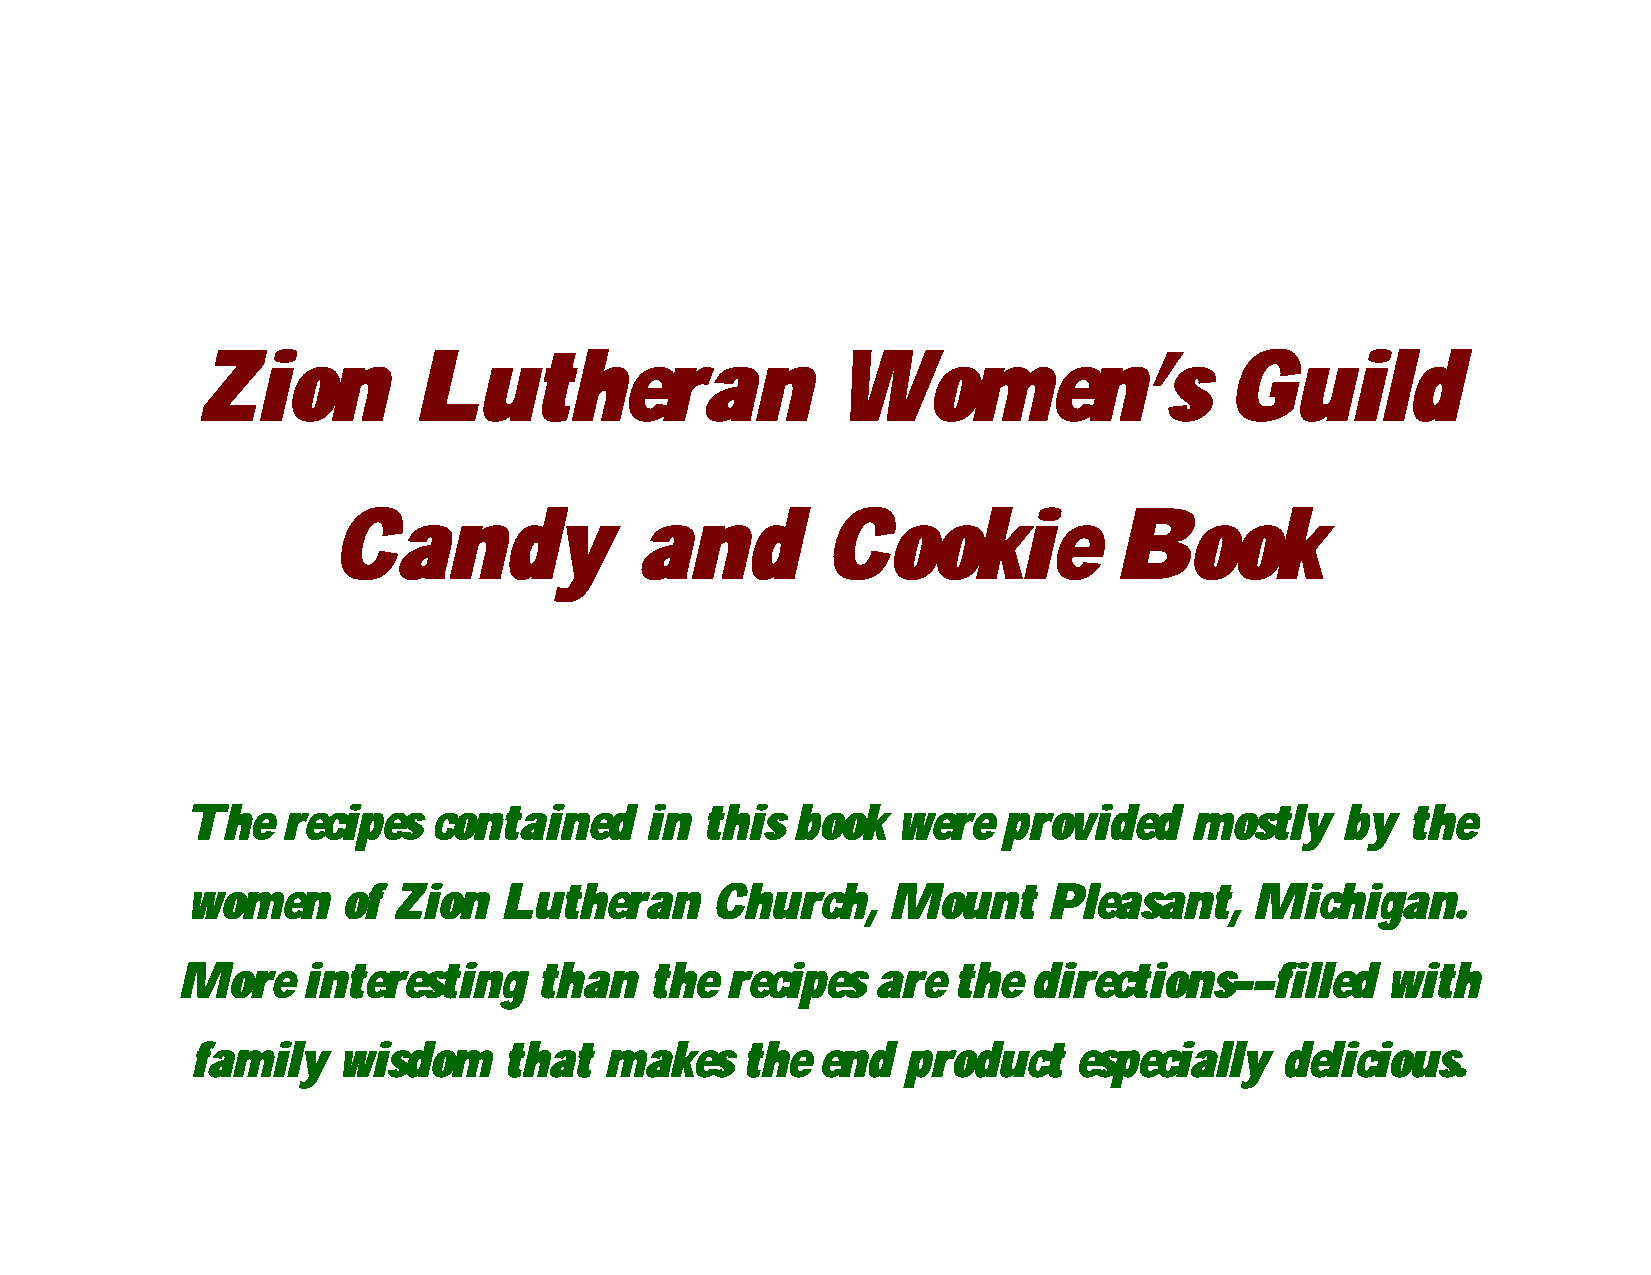
Zion          Lutheran                    Women’s                   Guild
 Candy               and          Cookie             Book
 The    recipes   contained     in  this  book  were   provided     mostly    by  the
 women      of Zion   Lutheran      Church,     Mount     Pleasant,     Michigan.
 More    interesting     than   the  recipes   are  the  directions––filled      with
 family   wisdom     that   makes    the  end   product    especially    delicious.